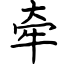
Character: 牵